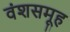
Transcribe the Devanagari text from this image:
वंशसमूह